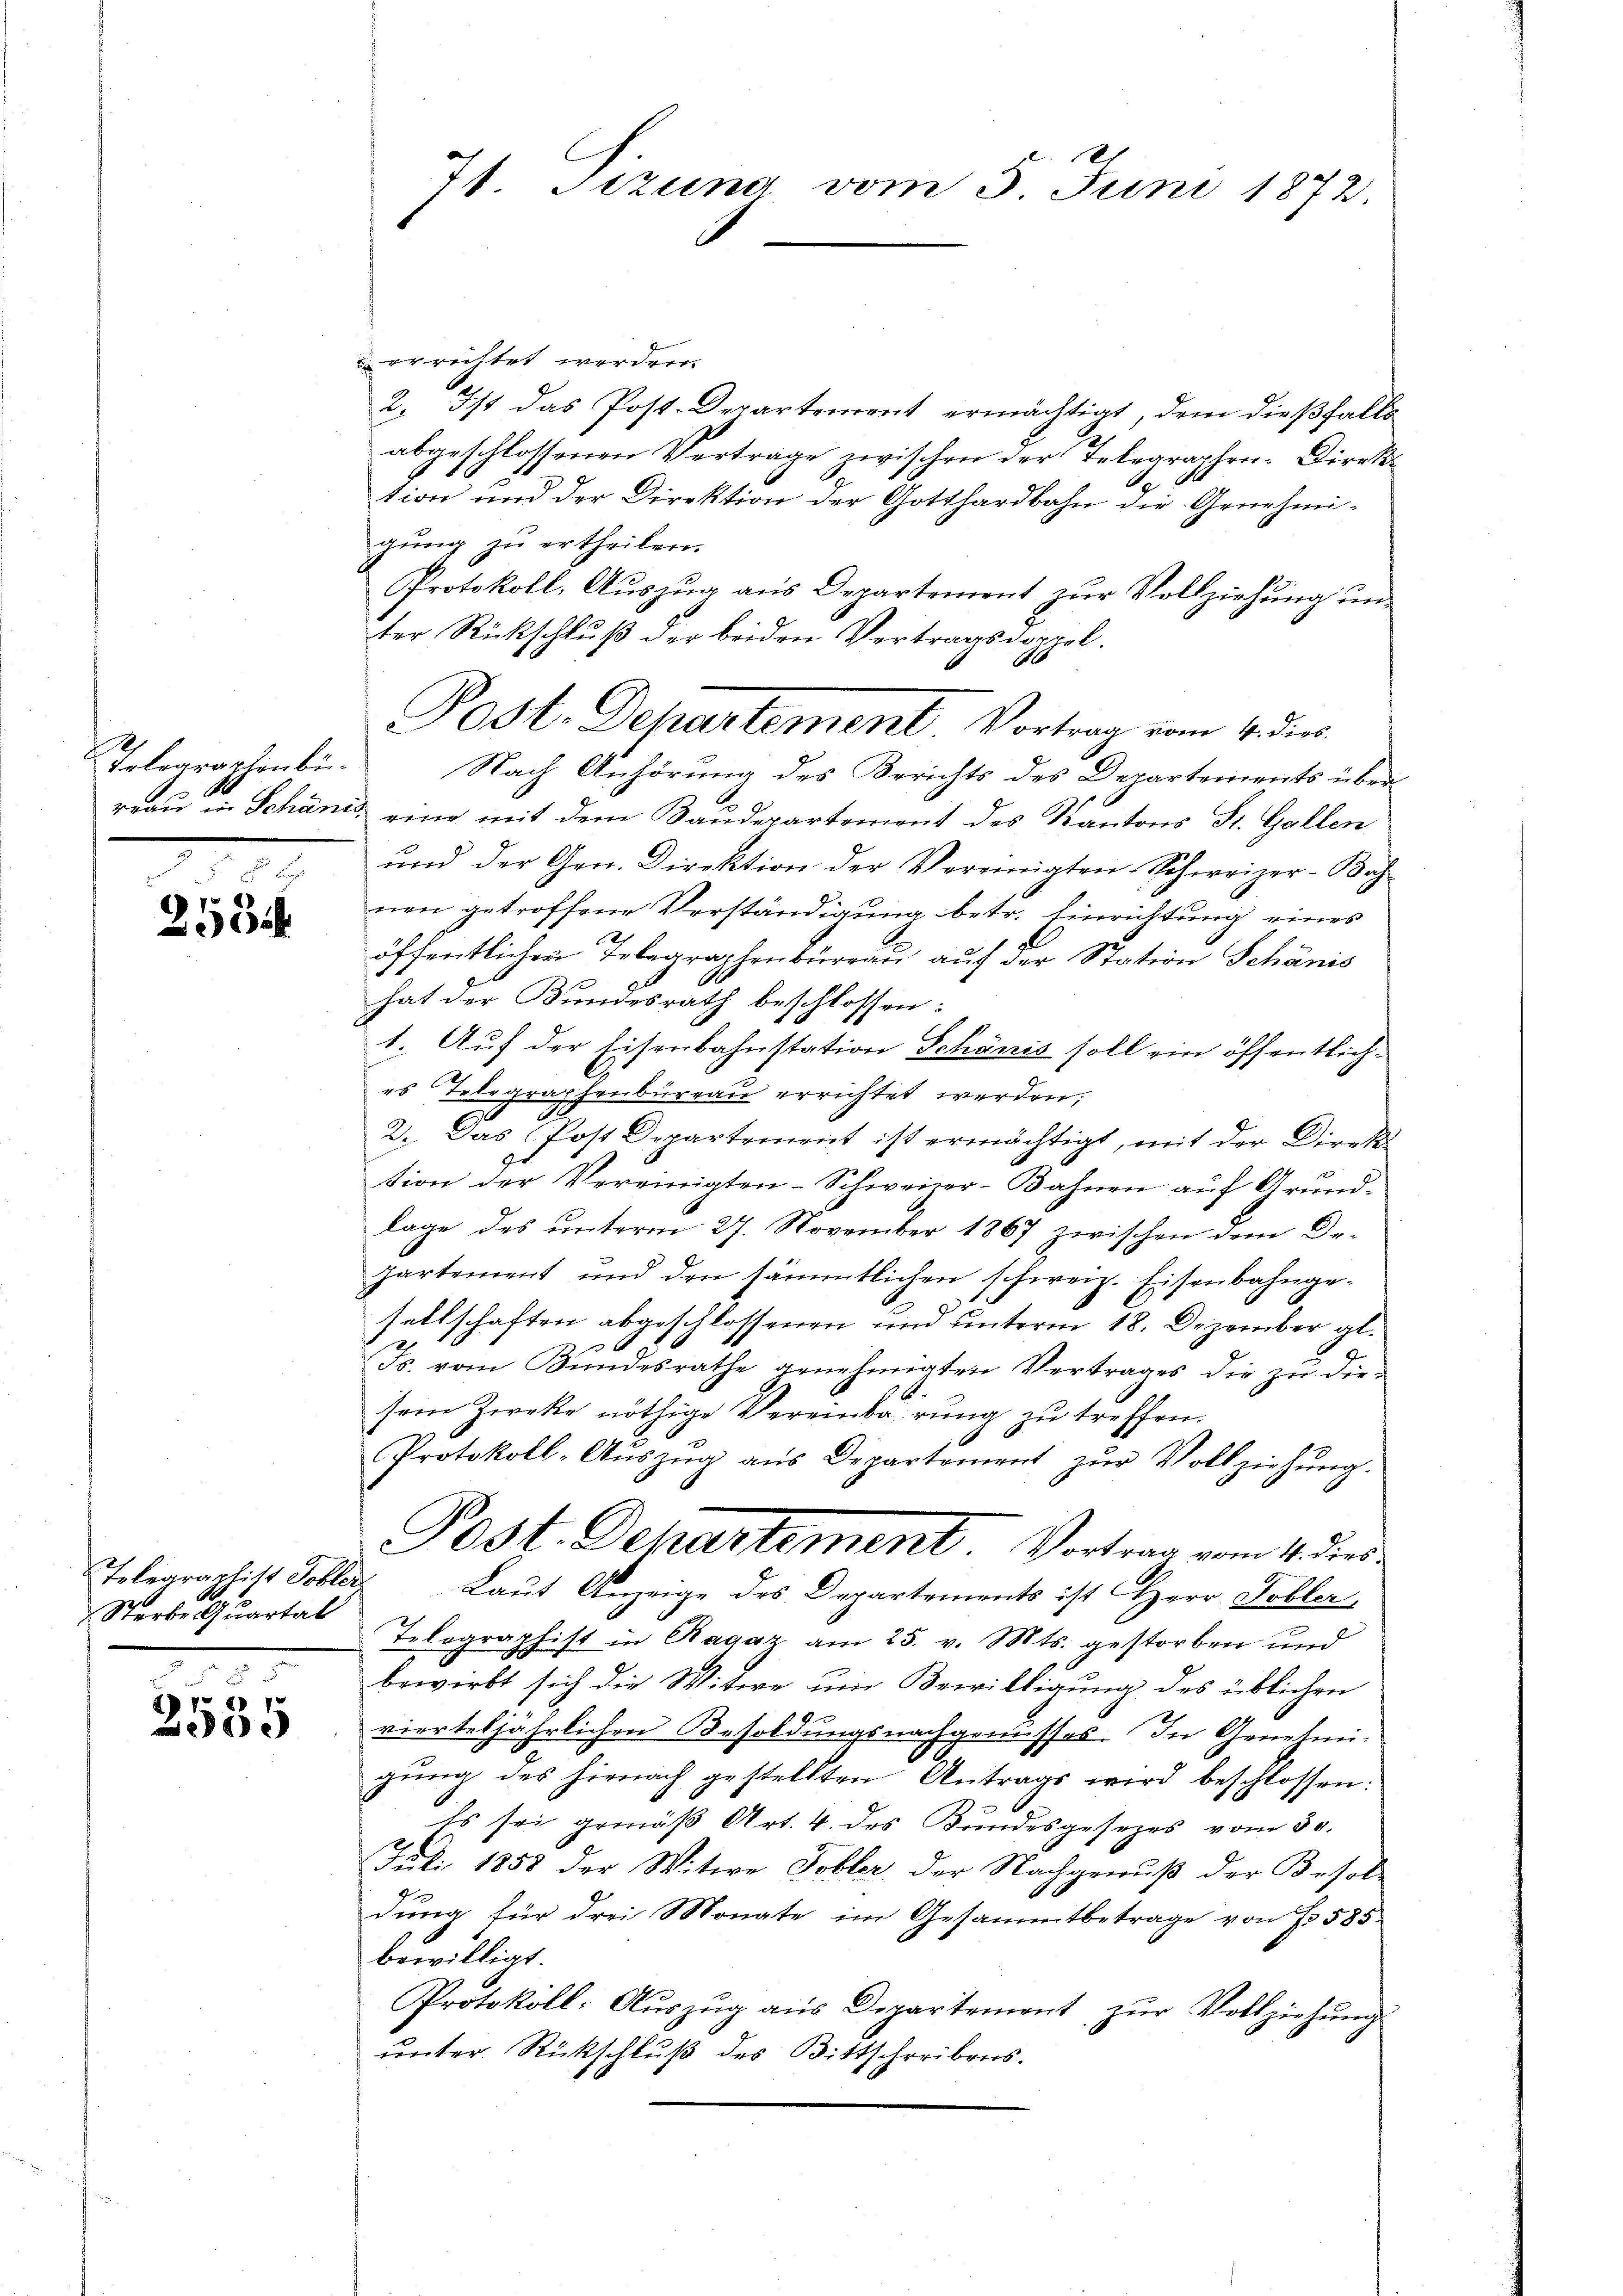
h
Telegraphenbi¬

58 x
7
5

Sterbe Quartal

2
Apr 2 1
e

71. Sezung vom 5. Juni 1872.

errichtet werden.
2. Ist das Post-Departement ermächtigt, dem dießfalls
abgeschlossenen Vertrage zwischen der Telegraphen-Direktion und der Direktion der Gotthardbahn die Genehmi-
gung zu ertheilen.
Protokoll, Auszug aus Departement zur Vollziehung und
ter Rückschluß der beiden Vertragsdoppel.
Nach Anhörung des Berichts des Departements überreau in Schanis eine mit dem Baudepartement des Kantons St. Gallen
und der Gen. Direktion der Vereinigten Schweizer-Bah
nen getroffene Verständigung betr. Einrichtung eines
öffentlichen Telegraphenbureau auf der Station Schänis
hat der Bundesrath beschlossen:
1. Auf der Eisenbahnstation Schönis soll ein öffentliches Telegraphenbureau errichtet werden.
2. Das (Post Departement ist ermächtigt, mit der Direk
tion der Vereinigten-Schweizer-Bahnen auf Grund-
lage des unterm 27. November 1867 zwischen dem De-
partement und den sämmtlichen schweiz. Eisenbahnge-
sellschaften abgeschlossenen und unterm 18. Dezember gl.
17 f x
Js. vom Bundesrathe genehmigten Vertrages die zŭ die-
sein Zweke nöthige Vereinbarung zu treffen.
.
Protokoll-Aŭszŭg aŭs Departement zŭr Vollziehŭng.
Post. Departement. Vortrag vom 4 der
Telegraphist Tobler Laut Anzeige des Departements ist Herr Tobler,
Telographist in Ragaz am 25. v. Mts. gestorben und
bewirkt sich die Witwe um Bewilligung des üblichen
vierteljährlichen Besoldungsnachgenusses. In Genehmigŭng des hienach gestellten Antrags wird beschlossen:
Es sei gemäß Art. 4. des Bundesgesezes vom 30.
Juli 1858 der Witwe Tobler, der Nachgenuß der Besol-
dung für drei Monate im Gesammtbetrage von Fr. 585
bewilligt.
Protokoll- Aŭszŭg aŭs Departement zŭr Vollziehŭng
unter Rückschluß des Bittschreibens.

Post. Departement. Vortrag vom 4. dies